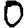
Digit: 0